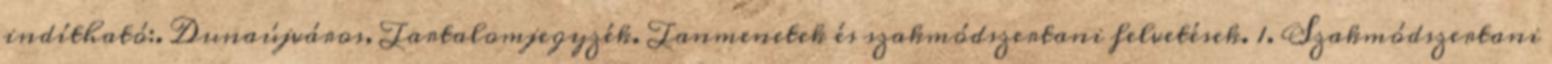
indítható:. Dunaújváros, Tartalomjegyzék. Tanmenetek és szakmódszertani felvetések. 1. Szakmódszertani